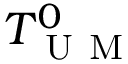
T _ { \mathrm { ~ U ~ M ~ } } ^ { 0 }